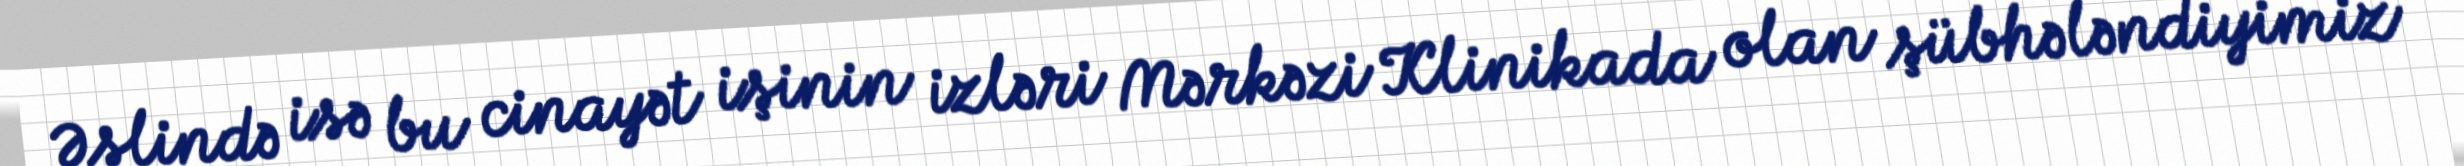
Əslində isə bu cinayət işinin izləri Mərkəzi Klinikada olan şübhələndiyimiz